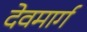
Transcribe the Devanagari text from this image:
देवमार्ग